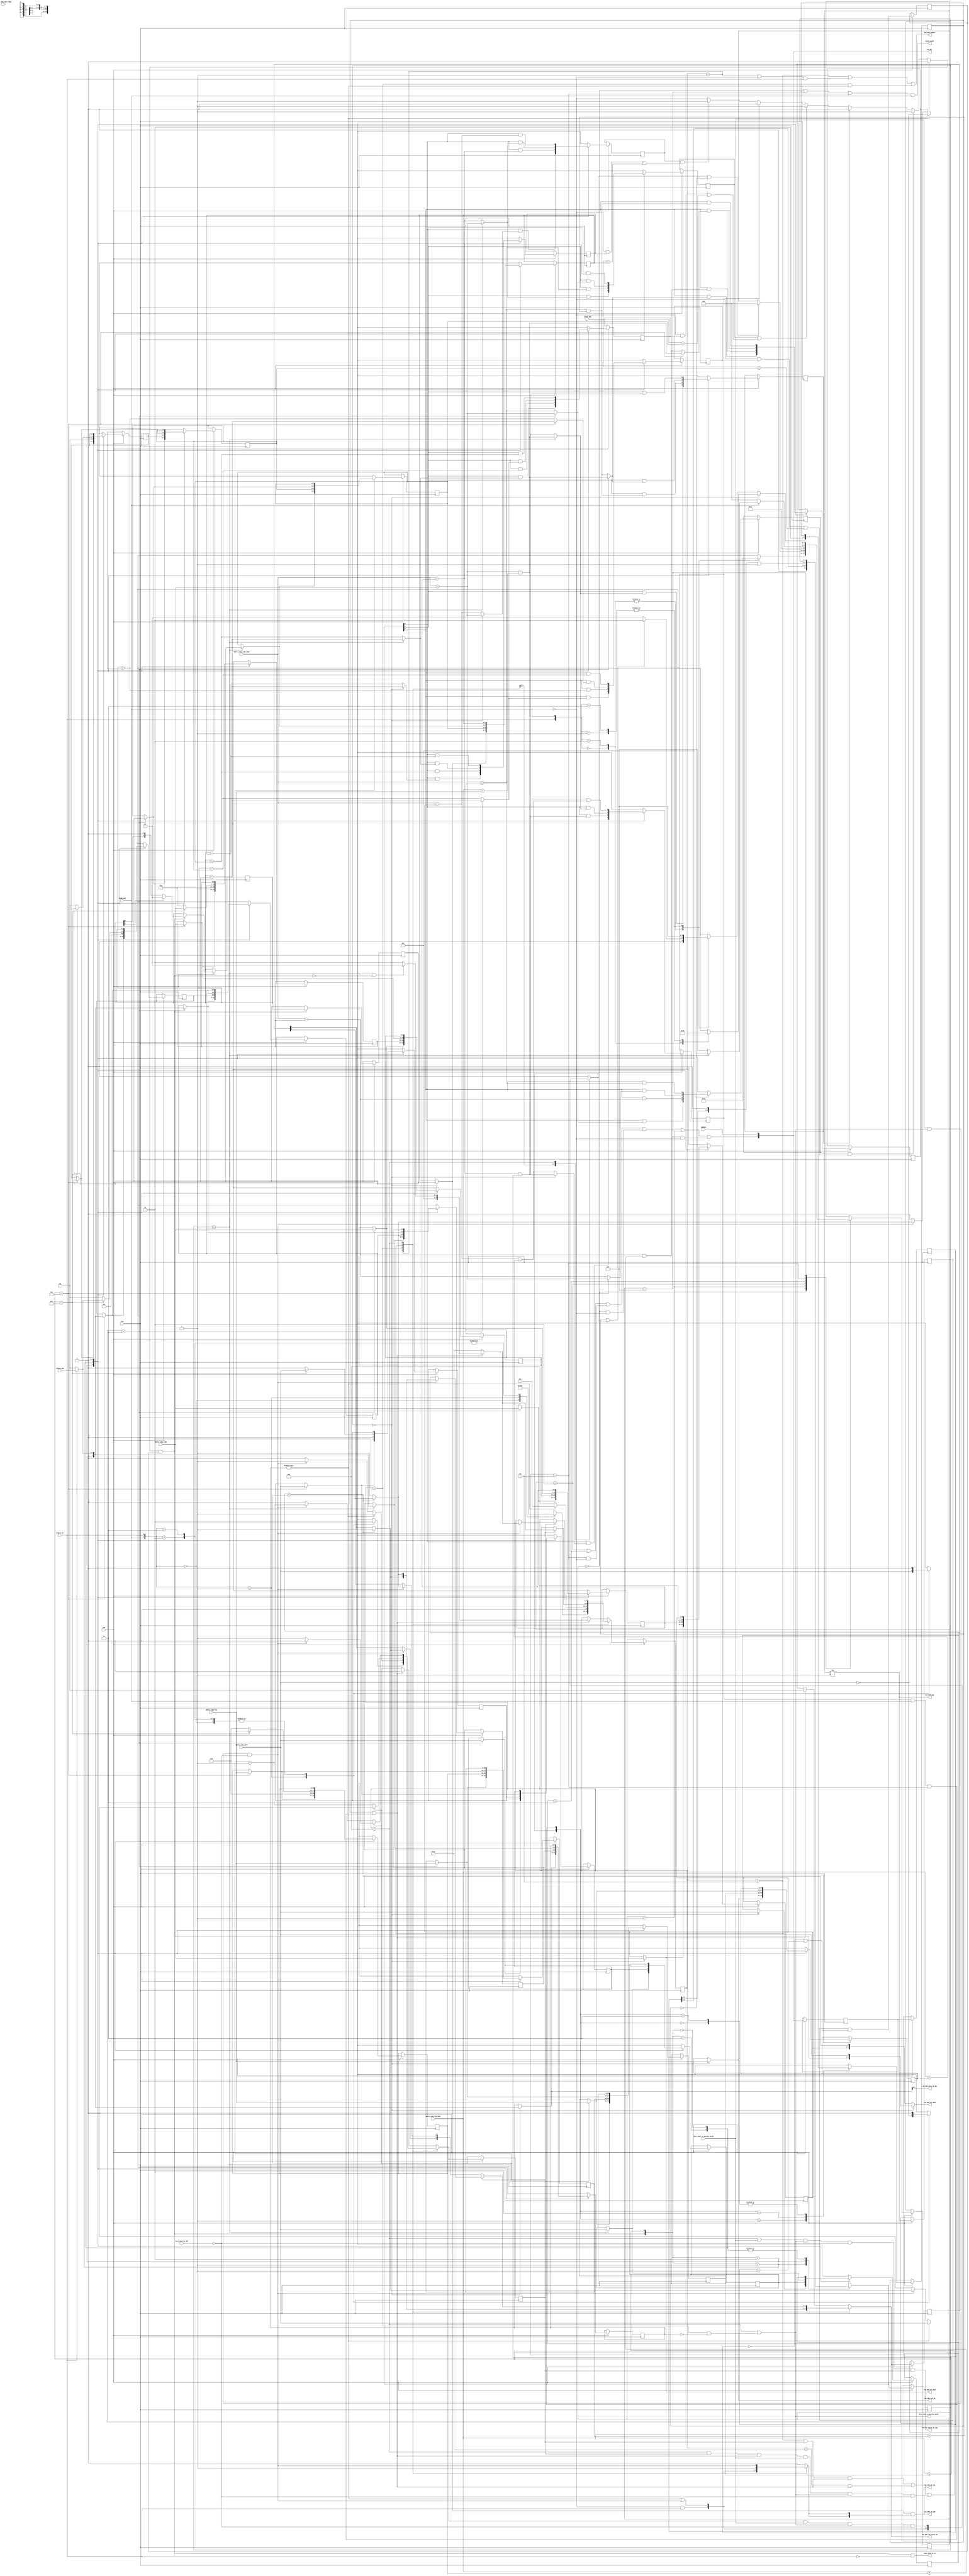
module Refill_Control_I #(
        // Fixed parameters
        localparam ADDR_WIDTH       = 32,
        
        // Primary parameters
        parameter S                 = 17, 
        parameter B                 = 9, 
        parameter a                 = 1,
        parameter N                 = 3,
        parameter T                 = 1,
        
        // Derived parameters
        localparam TAG_WIDTH        = ADDR_WIDTH + 3 + a - S,
        localparam TAG_ADDR_WIDTH   = S - a - B,
        localparam STREAM_SEL_BITS  = logb2(N + 1),
        localparam BLOCK_SECTIONS   = 1 << T,
        localparam ASSOCIATIVITY    = 1 << a,
        localparam LINE_ADDR_WIDTH  = S - a - B + T
    ) (
        input                           CLK,
        input                           ENB,
                
        // Outputs to the main processor pipeline		
        output CACHE_READY,                                             // Signal from cache to processor that its pipeline is currently ready to work     
        
        // Current request at IF3
        input                           CACHE_HIT,                      // Whether the L1 cache hits or misses 
        input                           STREAM_HIT,                     // Whether any of the stream buffers hit
        input [ASSOCIATIVITY   - 1 : 0] CACHE_SRC,                      // Which set is hitting, garbage if it doesn't
        input [STREAM_SEL_BITS - 1 : 0] STREAM_SRC,                     // Which stream buffer is hitting, garbage if it doesn't
        input [TAG_WIDTH       - 1 : 0] REFILL_REQ_TAG,                 // Tag portion of the PC at IF3
        input [TAG_ADDR_WIDTH  - 1 : 0] REFILL_REQ_LINE,                // Line portion of the PC at IF3
        input [T               - 1 : 0] REFILL_REQ_SECT,                // Section portion of the PC at IF3
        
        // Current request at IF2
        input [TAG_WIDTH       - 1 : 0] REFILL_REQ_TAG_PREV,            // Tag portion of the PC at IF2
        input [TAG_ADDR_WIDTH  - 1 : 0] REFILL_REQ_LINE_PREV,           // Line portion of the PC at IF2
        input [T               - 1 : 0] REFILL_REQ_SECT_PREV,           // Section portion of the PC at IF2
        
        // Signals coming from outside the cache
        input                           BRANCH,                         // Branch command from EXE stage
                
        // Command fetch queue to send current IF3 address to L2
        output                          SEND_ADDR_TO_L2,
        
        // Data coming back from L2
        input [STREAM_SEL_BITS - 1 : 0] DATA_FROM_L2_SRC,
        input                           DATA_FROM_L2_BUFFER_VALID,
        output                          DATA_FROM_L2_BUFFER_READY,
        output                          ONGOING_QUEUE_RD_ENB,
        
        // Prefetch controller
        output                          SECTION_COMMIT,
        
        // Tag memories and line memories
        output [ASSOCIATIVITY   - 1 : 0] TAG_MEM_WR_ENB,                // Individual write enables for the tag memories
        output [TAG_ADDR_WIDTH  - 1 : 0] TAG_MEM_WR_ADDR,               // Common write address for the the tag memories 
        output [TAG_WIDTH       - 1 : 0] TAG_MEM_TAG_IN,                // Common data in for the tag memories    
        output [BLOCK_SECTIONS  - 1 : 0] TAG_MEM_TAG_VALID_IN,          // Common data in for the tag memories   
        output [ASSOCIATIVITY   - 1 : 0] LIN_MEM_WR_ENB,                // Individual write enables for the line memories
        output [LINE_ADDR_WIDTH - 1 : 0] LIN_MEM_WR_ADDR,               // Common write address for the line memories                  
        output [STREAM_SEL_BITS - 1 : 0] LIN_MEM_DATA_IN_SEL,           // 0 for L2 requests, buffer number for others
         
        // Enable and PC select for the PC (main processor) pipeline
        output                           PC_PIPE_ENB,                   // Enable for the main pipeline 
        output [1                   : 0] PC_SEL                         // Mux select for PC [pc_sel = {0(PC + 4), 1(Branch path), 2 or 3(PC delay 2)}]  
    );
    
    //////////////////////////////////////////////////////////////////////////////////////////////////
    // Globally important figures                                                                  //
    //////////////////////////////////////////////////////////////////////////////////////////////////
    
    reg  critical_ready;                             // The critical word currently being pushed into L1 and ready
    wire critical_use;                               // Last critical word currently being used so next request can be started
    reg  critical_used;                              // Critical word is used
    
    // If the stream buffers doesn't hit, it means a priority address request to L2 (src == 00)
    wire [STREAM_SEL_BITS - 1 : 0] refill_req_src = (STREAM_HIT)? STREAM_SRC : 0;
    
    //////////////////////////////////////////////////////////////////////////////////////////////////
    // Calculating the destination of the refill request                                            //
    //////////////////////////////////////////////////////////////////////////////////////////////////
    // Temporary - cycle destinations among the available sets
    reg [ASSOCIATIVITY - 1 : 0] refill_req_dst = 2, refill_req_dst_del_1 = 1;
    always @(posedge CLK) begin             
        if (ENB) begin
            if (admit) begin
                if (refill_req_dst [ASSOCIATIVITY - 1])
                    refill_req_dst <= 1;
                else
                    refill_req_dst <= refill_req_dst << 1;    
                refill_req_dst_del_1 <= refill_req_dst;
            end
        end
    end         
    
    
    //////////////////////////////////////////////////////////////////////////////////////////////////
    // Refill request queue management                                                              //
    //////////////////////////////////////////////////////////////////////////////////////////////////
        
    // PCs of the currently being fetched requests are stored. Max number of requests is 4.
    // Three is for IF1, IF2, IF3 and last is for early restart
    reg [TAG_WIDTH      - 1 : 0] cur_tag,  fir_tag,  sec_tag,  thr_tag;
    reg [TAG_ADDR_WIDTH - 1 : 0] cur_line, fir_line, sec_line, thr_line;
    reg [T              - 1 : 0] cur_sect, fir_sect, sec_sect, thr_sect;
    
    reg [TAG_WIDTH      - 1 : 0] cur_tag_wire,  fir_tag_wire,  sec_tag_wire,  thr_tag_wire;
    reg [TAG_ADDR_WIDTH - 1 : 0] cur_line_wire, fir_line_wire, sec_line_wire, thr_line_wire;
    reg [T              - 1 : 0] cur_sect_wire, fir_sect_wire, sec_sect_wire, thr_sect_wire;
    
    // Set = destination set of the request, Source = which stream buffer (or L2) the request is coming from
    reg [N              - 1 : 0] cur_src,  fir_src,  sec_src,  thr_src;
    reg [ASSOCIATIVITY  - 1 : 0] cur_set,  fir_set,  sec_set,  thr_set;
    
    reg [N              - 1 : 0] cur_src_wire,  fir_src_wire,  sec_src_wire,  thr_src_wire;
    reg [ASSOCIATIVITY  - 1 : 0] cur_set_wire,  fir_set_wire,  sec_set_wire,  thr_set_wire;
    
    // To get admitted to the refill queue, several tests must be passed, and also it mustn't readmit a completed refill
    // (L2 misses, PC pipe disables, IF pipe saturated with PC value, L2 completes and removes from queue, but still IF pipe
    // saturated, this causes a miss, and readmit)
    
    // Solution - Admission only if the IF3 request came from a valid PC on the PC pipeline
    reg         pc_pipe_enb_del_1;
    reg [1 : 0] pc_sel_del_1;
    reg [1 : 0] pc_sel_del_2;
    reg         pc_admissible;
    
    always @(posedge CLK) begin
        if (ENB) begin
            pc_pipe_enb_del_1 <= PC_PIPE_ENB;
            pc_sel_del_1      <= PC_SEL;
            pc_sel_del_2      <= pc_sel_del_1;
            pc_admissible     <= pc_pipe_enb_del_1 & (pc_sel_del_2 == 2'b00 | pc_sel_del_2 == 2'b01);
        end
    end    
    
    // Whether to admit to or remove from the refill queue
    wire admit, remove;
    reg test_pass;
    assign admit = test_pass & pc_admissible;
    
    // Number of elements in the queue
    reg [3 : 0] no_of_elements, no_of_elements_wire;
    
    always @(posedge CLK) begin
        if (ENB) begin
            no_of_elements <= no_of_elements_wire;
        end
    end
    
    always @(*) begin
        case ({admit, remove})
            2'b00 : no_of_elements_wire = no_of_elements;
            2'b01 : no_of_elements_wire = no_of_elements >> 1;
            2'b10 : no_of_elements_wire = (no_of_elements << 1) | 4'b0001;
            2'b11 : no_of_elements_wire = no_of_elements;
        endcase
    end
    
    // Basically a queue, but each element is accessible to the outside, to run the tests
    always @(*) begin
        case ({admit, remove})
            2'b10 : begin
                cur_tag_wire  = (no_of_elements == 4'b0000)? REFILL_REQ_TAG  : cur_tag;
                cur_line_wire = (no_of_elements == 4'b0000)? REFILL_REQ_LINE : cur_line;
                cur_sect_wire = (no_of_elements == 4'b0000)? REFILL_REQ_SECT : cur_sect;
                cur_src_wire  = (no_of_elements == 4'b0000)? refill_req_src  : cur_src;
                cur_set_wire  = (no_of_elements == 4'b0000)? refill_req_dst_del_1  : cur_set;
                
                fir_tag_wire  = (no_of_elements == 4'b0001)? REFILL_REQ_TAG  : fir_tag;
                fir_line_wire = (no_of_elements == 4'b0001)? REFILL_REQ_LINE : fir_line;
                fir_sect_wire = (no_of_elements == 4'b0001)? REFILL_REQ_SECT : fir_sect;
                fir_src_wire  = (no_of_elements == 4'b0001)? refill_req_src  : fir_src;
                fir_set_wire  = (no_of_elements == 4'b0001)? refill_req_dst_del_1  : fir_set;
                
                sec_tag_wire  = (no_of_elements == 4'b0011)? REFILL_REQ_TAG  : sec_tag;
                sec_line_wire = (no_of_elements == 4'b0011)? REFILL_REQ_LINE : sec_line;
                sec_sect_wire = (no_of_elements == 4'b0011)? REFILL_REQ_SECT : sec_sect;
                sec_src_wire  = (no_of_elements == 4'b0011)? refill_req_src  : sec_src;
                sec_set_wire  = (no_of_elements == 4'b0011)? refill_req_dst_del_1  : sec_set;
                
                thr_tag_wire  = (no_of_elements == 4'b0111)? REFILL_REQ_TAG  : thr_tag;
                thr_line_wire = (no_of_elements == 4'b0111)? REFILL_REQ_LINE : thr_line;
                thr_sect_wire = (no_of_elements == 4'b0111)? REFILL_REQ_SECT : thr_sect;
                thr_src_wire  = (no_of_elements == 4'b0111)? refill_req_src  : thr_src;
                thr_set_wire  = (no_of_elements == 4'b0111)? refill_req_dst_del_1  : thr_set;
            end
            2'b01 : begin
                cur_tag_wire  = fir_tag;
                cur_line_wire = fir_line;
                cur_sect_wire = fir_sect;
                cur_src_wire  = fir_src;
                cur_set_wire  = fir_set;
                
                fir_tag_wire  = sec_tag;
                fir_line_wire = sec_line;
                fir_sect_wire = sec_sect;
                fir_src_wire  = sec_src;
                fir_set_wire  = sec_set;
                
                sec_tag_wire  = thr_tag;
                sec_line_wire = thr_line;
                sec_sect_wire = thr_sect;
                sec_src_wire  = thr_src;
                sec_set_wire  = thr_set;
                
                thr_tag_wire  = 0;
                thr_line_wire = 0;
                thr_sect_wire = 0;
                thr_src_wire  = 0;
                thr_set_wire  = 0;
            end
            2'b11 : begin
                cur_tag_wire  = (no_of_elements == 4'b0001)? REFILL_REQ_TAG  : fir_tag;
                cur_line_wire = (no_of_elements == 4'b0001)? REFILL_REQ_LINE : fir_line;
                cur_sect_wire = (no_of_elements == 4'b0001)? REFILL_REQ_SECT : fir_sect;
                cur_src_wire  = (no_of_elements == 4'b0001)? refill_req_src  : fir_src;
                cur_set_wire  = (no_of_elements == 4'b0001)? refill_req_dst_del_1  : fir_set;
                
                fir_tag_wire  = (no_of_elements == 4'b0011)? REFILL_REQ_TAG  : sec_tag;
                fir_line_wire = (no_of_elements == 4'b0011)? REFILL_REQ_LINE : sec_line;
                fir_sect_wire = (no_of_elements == 4'b0011)? REFILL_REQ_SECT : sec_sect;
                fir_src_wire  = (no_of_elements == 4'b0011)? refill_req_src  : sec_src;
                fir_set_wire  = (no_of_elements == 4'b0011)? refill_req_dst_del_1  : sec_set;
                
                sec_tag_wire  = (no_of_elements == 4'b0111)? REFILL_REQ_TAG  : thr_tag;
                sec_line_wire = (no_of_elements == 4'b0111)? REFILL_REQ_LINE : thr_line;
                sec_sect_wire = (no_of_elements == 4'b0111)? REFILL_REQ_SECT : thr_sect;
                sec_src_wire  = (no_of_elements == 4'b0111)? refill_req_src  : thr_src;
                sec_set_wire  = (no_of_elements == 4'b0111)? refill_req_dst_del_1  : thr_set;
                
                thr_tag_wire  = (no_of_elements == 4'b1111)? REFILL_REQ_TAG  : 0;
                thr_line_wire = (no_of_elements == 4'b1111)? REFILL_REQ_LINE : 0;
                thr_sect_wire = (no_of_elements == 4'b1111)? REFILL_REQ_SECT : 0;
                thr_src_wire  = (no_of_elements == 4'b1111)? refill_req_src  : 0;
                thr_set_wire  = (no_of_elements == 4'b1111)? refill_req_dst_del_1  : 0;
            end
            2'b00 : begin
                cur_tag_wire  = cur_tag;
                cur_line_wire = cur_line;
                cur_sect_wire = cur_sect;
                cur_src_wire  = cur_src;
                cur_set_wire  = cur_set;
                
                fir_tag_wire  = fir_tag;
                fir_line_wire = fir_line;
                fir_sect_wire = fir_sect;
                fir_src_wire  = fir_src;
                fir_set_wire  = fir_set;
                
                sec_tag_wire  = sec_tag;
                sec_line_wire = sec_line;
                sec_sect_wire = sec_sect;
                sec_src_wire  = sec_src;
                sec_set_wire  = sec_set;
                
                thr_tag_wire  = thr_tag;
                thr_line_wire = thr_line;
                thr_sect_wire = thr_sect;
                thr_src_wire  = thr_src;
                thr_set_wire  = thr_set;
            end
        endcase
    end
    
    always @(posedge CLK) begin
        if (ENB) begin
            cur_tag  <= cur_tag_wire;
            cur_line <= cur_line_wire;
            cur_sect <= cur_sect_wire;
            cur_src  <= cur_src_wire;
            cur_set  <= cur_set_wire;
            
            fir_tag  <= fir_tag_wire;
            fir_line <= fir_line_wire;
            fir_sect <= fir_sect_wire;
            fir_src  <= fir_src_wire;
            fir_set  <= fir_set_wire;
            
            sec_tag  <= sec_tag_wire;
            sec_line <= sec_line_wire;
            sec_sect <= sec_sect_wire;
            sec_src  <= sec_src_wire;
            sec_set  <= sec_set_wire;
            
            thr_tag  <= thr_tag_wire;
            thr_line <= thr_line_wire;
            thr_sect <= thr_sect_wire;
            thr_src  <= thr_src_wire;
            thr_set  <= thr_set_wire;
        end
    end
    
    
    //////////////////////////////////////////////////////////////////////////////////////////////////
    // Tests to decide whether to include the IF3 request in to the queue                           //
    //////////////////////////////////////////////////////////////////////////////////////////////////
    
    ////////////// This is the wanted behavior of the unit, but won't pass timing ////////////////////
    //    // Tests
    //    wire clash_n0 = (CACHE_HIT)?      (REFILL_REQ_LINE == cur_line) & (refill_req_dst_del_1 == cur_set) & no_of_elements[0] & (CACHE_SRC == cur_set)    
    //                                      : (REFILL_REQ_LINE == cur_line) & (refill_req_dst_del_1 == cur_set) & no_of_elements[0];		
    // Simplifies to
    //    wire clash_n0 = (REFILL_REQ_LINE == cur_line) & no_of_elements[0] & ( ((refill_req_dst_del_1 == cur_set) & !CACHE_HIT) | (CACHE_SRC == cur_set) );  
    //    wire clash_n1 = (REFILL_REQ_LINE == fir_line) & no_of_elements[1] & ( ((refill_req_dst_del_1 == fir_set) & !CACHE_HIT) | (CACHE_SRC == fir_set) );  
    //    wire clash_n2 = (REFILL_REQ_LINE == sec_line) & no_of_elements[2] & ( ((refill_req_dst_del_1 == sec_set) & !CACHE_HIT) | (CACHE_SRC == sec_set) );  
    //    
    //    wire equal_n0 = (REFILL_REQ_LINE == cur_line) & (REFILL_REQ_TAG == cur_tag) & no_of_elements[0];	
    //    wire equal_n1 = (REFILL_REQ_LINE == fir_line) & (REFILL_REQ_TAG == fir_tag) & no_of_elements[1];    
    //    wire equal_n2 = (REFILL_REQ_LINE == sec_line) & (REFILL_REQ_TAG == sec_tag) & no_of_elements[2];
    
    
    ////////////// Take some tests to the previous clock cycle, timing even worse ///////////////////
    //    // Tests - Clash with nth request
    //    wire clash_n0_wire = (REFILL_REQ_LINE_PREV == cur_line_wire) & (refill_req_dst == cur_set_wire) & no_of_elements_wire[0];
    //    wire clash_n1_wire = (REFILL_REQ_LINE_PREV == fir_line_wire) & (refill_req_dst == fir_set_wire) & no_of_elements_wire[1];
    //    wire clash_n2_wire = (REFILL_REQ_LINE_PREV == sec_line_wire) & (refill_req_dst == sec_set_wire) & no_of_elements_wire[2];
        
    //    // Tests - Equal with nth request
    //    wire equal_n0_wire = (REFILL_REQ_LINE_PREV == cur_line_wire) & (REFILL_REQ_TAG_PREV == cur_tag_wire) & no_of_elements_wire[0];
    //    wire equal_n1_wire = (REFILL_REQ_LINE_PREV == fir_line_wire) & (REFILL_REQ_TAG_PREV == fir_tag_wire) & no_of_elements_wire[1];
    //    wire equal_n2_wire = (REFILL_REQ_LINE_PREV == sec_line_wire) & (REFILL_REQ_TAG_PREV == sec_tag_wire) & no_of_elements_wire[2];
        
    //    reg clash_n0, clash_n1, clash_n2, equal_n0, equal_n1, equal_n2;
    //    always @(posedge CLK) begin
    //        clash_n0 <= clash_n0_wire;
    //        clash_n1 <= clash_n1_wire;
    //        clash_n2 <= clash_n2_wire;
    //        equal_n0 <= equal_n0_wire;
    //        equal_n1 <= equal_n1_wire;
    //        equal_n2 <= equal_n2_wire;
    //    end   
    
    /////////////////// Change the way the tests are begin done, good timing ////////////////////////
    //    reg clash_p0, clash_p1, clash_p2, clash_p3, clash_p4;
    //    reg equal_p0, equal_p1, equal_p2, equal_p3, equal_p4;
    //    reg admit_p, remove_p;
    //    reg element0_p, element1_p, element2_p, element3_p, element4_p; 
          
    //    always @(posedge CLK) begin
    //        clash_p0 <= (REFILL_REQ_LINE_PREV == cur_line)        & (refill_req_dst == cur_set);
    //        clash_p1 <= (REFILL_REQ_LINE_PREV == fir_line)        & (refill_req_dst == fir_set);
    //        clash_p2 <= (REFILL_REQ_LINE_PREV == sec_line)        & (refill_req_dst == sec_set);
    //        clash_p3 <= (REFILL_REQ_LINE_PREV == thr_line)        & (refill_req_dst == thr_set);
    //        clash_p4 <= (REFILL_REQ_LINE_PREV == REFILL_REQ_LINE) & (refill_req_dst == refill_req_dst_del_1);
          
    //        equal_p0 <= (REFILL_REQ_LINE_PREV == cur_line)        & (REFILL_REQ_TAG_PREV == cur_tag);
    //        equal_p1 <= (REFILL_REQ_LINE_PREV == fir_line)        & (REFILL_REQ_TAG_PREV == fir_tag);
    //        equal_p2 <= (REFILL_REQ_LINE_PREV == sec_line)        & (REFILL_REQ_TAG_PREV == sec_tag);
    //        equal_p3 <= (REFILL_REQ_LINE_PREV == thr_line)        & (REFILL_REQ_TAG_PREV == thr_tag);
    //        equal_p4 <= (REFILL_REQ_LINE_PREV == REFILL_REQ_LINE) & (REFILL_REQ_TAG_PREV == REFILL_REQ_TAG);
          
    //        admit_p <= admit;
    //        remove_p <= remove;
          
    //        element0_p <= no_of_elements == 4'b0000;
    //        element1_p <= no_of_elements == 4'b0001;
    //        element2_p <= no_of_elements == 4'b0011;
    //        element3_p <= no_of_elements == 4'b0111;
    //        element4_p <= no_of_elements == 4'b1111;
    //    end
      
    //    reg clash_n0, clash_n1, clash_n2;
    //    reg equal_n0, equal_n1, equal_n2;
    //    always @(*) begin
    //        case ({admit_p, remove_p})
    //            2'b10 : begin
    //                clash_n0 = no_of_elements[0] & ((element0_p)? clash_p4 : clash_p0);
    //                clash_n1 = no_of_elements[1] & ((element1_p)? clash_p4 : clash_p1);
    //                clash_n2 = no_of_elements[2] & ((element2_p)? clash_p4 : clash_p2);
                  
    //                equal_n0 = no_of_elements[0] & ((element0_p)? equal_p4 : equal_p0);
    //                equal_n1 = no_of_elements[1] & ((element1_p)? equal_p4 : equal_p1);
    //                equal_n2 = no_of_elements[2] & ((element2_p)? equal_p4 : equal_p2);                
    //            end
    //            2'b01 : begin
    //                clash_n0 = no_of_elements[0] & clash_p1;
    //                clash_n1 = no_of_elements[1] & clash_p2;
    //                clash_n2 = no_of_elements[2] & clash_p3;
                  
    //                equal_n0 = no_of_elements[0] & equal_p1;
    //                equal_n1 = no_of_elements[1] & equal_p2;
    //                equal_n2 = no_of_elements[2] & equal_p3;
    //            end
    //            2'b11 : begin
    //                clash_n0 = no_of_elements[0] & ((element1_p)? clash_p4 : clash_p1);
    //                clash_n1 = no_of_elements[1] & ((element2_p)? clash_p4 : clash_p2);
    //                clash_n2 = no_of_elements[2] & ((element3_p)? clash_p4 : clash_p3);
                  
    //                equal_n0 = no_of_elements[0] & ((element1_p)? equal_p4 : equal_p1);
    //                equal_n1 = no_of_elements[1] & ((element2_p)? equal_p4 : equal_p2);
    //                equal_n2 = no_of_elements[2] & ((element3_p)? equal_p4 : equal_p3);
    //            end
    //            2'b00 : begin 
    //                clash_n0 = no_of_elements[0] & clash_p0;
    //                clash_n1 = no_of_elements[1] & clash_p1;
    //                clash_n2 = no_of_elements[2] & clash_p2;
                  
    //                equal_n0 = no_of_elements[0] & equal_p0;
    //                equal_n1 = no_of_elements[1] & equal_p1;
    //                equal_n2 = no_of_elements[2] & equal_p2;
    //            end
    //        endcase    
    //    end   
           

    //////////// Take some more logic to the previous clock cycle, even better timing ///////////////
    reg line_eq_cur, line_eq_fir, line_eq_sec, line_eq_thr, line_eq_pcs;
    reg dst_eq_cur,  dst_eq_fir,  dst_eq_sec,  dst_eq_thr,  dst_eq_pcs;
    
    reg equal_cur, equal_fir, equal_sec, equal_thr, equal_pcs;
    
    always @(*) begin
        line_eq_cur = (REFILL_REQ_LINE_PREV == cur_line);
        line_eq_fir = (REFILL_REQ_LINE_PREV == fir_line);
        line_eq_sec = (REFILL_REQ_LINE_PREV == sec_line);
        line_eq_thr = (REFILL_REQ_LINE_PREV == thr_line);
        line_eq_pcs = (REFILL_REQ_LINE_PREV == REFILL_REQ_LINE);
        
        dst_eq_cur = (refill_req_dst == cur_set);
        dst_eq_fir = (refill_req_dst == fir_set);
        dst_eq_sec = (refill_req_dst == sec_set);
        dst_eq_thr = (refill_req_dst == thr_set);
        dst_eq_pcs = (refill_req_dst == refill_req_dst_del_1);
        
        equal_cur = (REFILL_REQ_LINE_PREV == cur_line)        & (REFILL_REQ_TAG_PREV == cur_tag);
        equal_fir = (REFILL_REQ_LINE_PREV == fir_line)        & (REFILL_REQ_TAG_PREV == fir_tag);
        equal_sec = (REFILL_REQ_LINE_PREV == sec_line)        & (REFILL_REQ_TAG_PREV == sec_tag);
        equal_thr = (REFILL_REQ_LINE_PREV == thr_line)        & (REFILL_REQ_TAG_PREV == thr_tag);
        equal_pcs = (REFILL_REQ_LINE_PREV == REFILL_REQ_LINE) & (REFILL_REQ_TAG_PREV == REFILL_REQ_TAG);
    end
    
    reg line_eq_n0, line_eq_n1, line_eq_n2;
    reg dst_eq_n0,  dst_eq_n1,  dst_eq_n2;
    
    reg equal_n0, equal_n1, equal_n2;
    
    always @(posedge CLK) begin
        if (ENB) begin
            case ({admit, remove})
                2'b10 : begin
                    line_eq_n0 <= no_of_elements_wire[0] & ((no_of_elements == 4'b0000)? line_eq_pcs : line_eq_cur);
                    line_eq_n1 <= no_of_elements_wire[1] & ((no_of_elements == 4'b0001)? line_eq_pcs : line_eq_fir);
                    line_eq_n2 <= no_of_elements_wire[2] & ((no_of_elements == 4'b0011)? line_eq_pcs : line_eq_sec);
                    
                    dst_eq_n0 <= no_of_elements_wire[0] & ((no_of_elements == 4'b0000)? dst_eq_pcs : dst_eq_cur);
                    dst_eq_n1 <= no_of_elements_wire[1] & ((no_of_elements == 4'b0001)? dst_eq_pcs : dst_eq_fir);
                    dst_eq_n2 <= no_of_elements_wire[2] & ((no_of_elements == 4'b0011)? dst_eq_pcs : dst_eq_sec);
                    
                    equal_n0 <= no_of_elements_wire[0] & ((no_of_elements == 4'b0000)? equal_pcs : equal_cur);
                    equal_n1 <= no_of_elements_wire[1] & ((no_of_elements == 4'b0001)? equal_pcs : equal_fir);
                    equal_n2 <= no_of_elements_wire[2] & ((no_of_elements == 4'b0011)? equal_pcs : equal_sec);                
                end
                2'b01 : begin
                    line_eq_n0 <= no_of_elements_wire[0] & line_eq_fir;
                    line_eq_n1 <= no_of_elements_wire[1] & line_eq_sec;
                    line_eq_n2 <= no_of_elements_wire[2] & line_eq_thr;
                    
                    dst_eq_n0 <= no_of_elements_wire[0] & dst_eq_fir;
                    dst_eq_n1 <= no_of_elements_wire[1] & dst_eq_sec;
                    dst_eq_n2 <= no_of_elements_wire[2] & dst_eq_thr;
                    
                    equal_n0 <= no_of_elements_wire[0] & equal_fir;
                    equal_n1 <= no_of_elements_wire[1] & equal_sec;
                    equal_n2 <= no_of_elements_wire[2] & equal_thr;
                end
                2'b11 : begin
                    line_eq_n0 <= no_of_elements_wire[0] & ((no_of_elements == 4'b0001)? line_eq_pcs : line_eq_fir);
                    line_eq_n1 <= no_of_elements_wire[1] & ((no_of_elements == 4'b0011)? line_eq_pcs : line_eq_sec);
                    line_eq_n2 <= no_of_elements_wire[2] & ((no_of_elements == 4'b0111)? line_eq_pcs : line_eq_thr);
                    
                    dst_eq_n0 <= no_of_elements_wire[0] & ((no_of_elements == 4'b0001)? dst_eq_pcs : dst_eq_fir);
                    dst_eq_n1 <= no_of_elements_wire[1] & ((no_of_elements == 4'b0011)? dst_eq_pcs : dst_eq_sec);
                    dst_eq_n2 <= no_of_elements_wire[2] & ((no_of_elements == 4'b0111)? dst_eq_pcs : dst_eq_thr);
                    
                    equal_n0 <= no_of_elements_wire[0] & ((no_of_elements == 4'b0001)? equal_pcs : equal_fir);
                    equal_n1 <= no_of_elements_wire[1] & ((no_of_elements == 4'b0011)? equal_pcs : equal_sec);
                    equal_n2 <= no_of_elements_wire[2] & ((no_of_elements == 4'b0111)? equal_pcs : equal_thr);
                end
                2'b00 : begin 
                    line_eq_n0 <= no_of_elements_wire[0] & line_eq_cur;
                    line_eq_n1 <= no_of_elements_wire[1] & line_eq_fir;
                    line_eq_n2 <= no_of_elements_wire[2] & line_eq_sec;
                    
                    dst_eq_n0 <= no_of_elements_wire[0] & dst_eq_cur;
                    dst_eq_n1 <= no_of_elements_wire[1] & dst_eq_fir;
                    dst_eq_n2 <= no_of_elements_wire[2] & dst_eq_sec;
                    
                    equal_n0 <= no_of_elements_wire[0] & equal_cur;
                    equal_n1 <= no_of_elements_wire[1] & equal_fir;
                    equal_n2 <= no_of_elements_wire[2] & equal_sec;
                end
            endcase
        end
    end   
    
    wire clash_n0, clash_n1, clash_n2;
  
    assign clash_n0 = line_eq_n0 & ((!CACHE_HIT & dst_eq_n0) | (CACHE_SRC == cur_set));
    assign clash_n1 = line_eq_n1 & ((!CACHE_HIT & dst_eq_n1) | (CACHE_SRC == fir_set));
    assign clash_n2 = line_eq_n2 & ((!CACHE_HIT & dst_eq_n2) | (CACHE_SRC == sec_set));
  
    // Whether to pass or fail the tests
    always @(*) begin
        if (equal_n2) begin
            test_pass = 0;
        end else if (clash_n2) begin
            test_pass = 1;
        end else if (equal_n1) begin
            test_pass = 0;    
        end else if (clash_n1) begin
            test_pass = 1;    
        end else if (equal_n0) begin
            test_pass = 0;    
        end else if (clash_n0) begin
            test_pass = 1;    
        end else begin
            test_pass = !CACHE_HIT;
        end    
    end
    
    
    //////////////////////////////////////////////////////////////////////////////////////////////////
    // FSM for refill control                                                                       //
    //////////////////////////////////////////////////////////////////////////////////////////////////
    
    localparam IDLE         = 1;
    localparam TRANSITION   = 2;
    localparam WRITING_SB   = 4;
    localparam WRITING_L2   = 8;
    localparam WAITING_CRIT = 16;
    
    reg [5              - 1 : 0] refill_state,      refill_state_wire;
    reg [T              - 1 : 0] no_completed,      no_completed_wire;
    reg [BLOCK_SECTIONS - 1 : 0] commited_sections, commited_sections_wire;
    
    integer i;
    
    always @(*) begin
        case (refill_state)
            IDLE : begin
                case ({CACHE_HIT, STREAM_HIT})
                    2'b00 :  begin
                        refill_state_wire = WRITING_L2;
                        no_completed_wire = 0;
                        commited_sections_wire = 0;
                    end
                    2'b01 :  begin
                        refill_state_wire = WRITING_SB;
                        no_completed_wire = 1;
                        for (i = 0; i < BLOCK_SECTIONS; i = i + 1) begin
                            commited_sections_wire[i] = (i[T - 1 : 0] == REFILL_REQ_SECT);
                        end
                    end
                    2'b10 :  begin
                        refill_state_wire = IDLE;
                        no_completed_wire = 0;
                        commited_sections_wire = 0;
                    end 
                    2'b11 :  begin
                        refill_state_wire = IDLE;
                        no_completed_wire = 0;
                        commited_sections_wire = 0;
                    end
                endcase              
            end
            
            TRANSITION : begin
                if (cur_src != 0) begin
                    refill_state_wire = WRITING_SB;
                    no_completed_wire = 1;
                    for (i = 0; i < BLOCK_SECTIONS; i = i + 1) begin
                        commited_sections_wire[i] = (i[T - 1 : 0] == REFILL_REQ_SECT);
                    end
                end else begin
                    if (DATA_FROM_L2_BUFFER_VALID & DATA_FROM_L2_BUFFER_READY & DATA_FROM_L2_SRC == 0) begin
                        refill_state_wire = WRITING_L2;
                        no_completed_wire = 1;
                        for (i = 0; i < BLOCK_SECTIONS; i = i + 1)
                            commited_sections_wire[i] = (i[T - 1 : 0] == cur_sect + no_completed) ? 1 : commited_sections[i];
                    end else begin
                        refill_state_wire = WRITING_L2;
                        no_completed_wire = 0;
                        commited_sections_wire = 0;
                    end
                end
            end
            
            WRITING_SB : begin
                case (no_completed)
                    {T{1'b1}} : begin
                        if (critical_used | critical_use) begin
                            if (no_of_elements == 4'b0001 & !admit) begin
                                refill_state_wire = IDLE;
                                no_completed_wire = 0;
                                for (i = 0; i < BLOCK_SECTIONS; i = i + 1)
                                    commited_sections_wire[i] = (i[T - 1 : 0] == cur_sect + no_completed) ? 1 : commited_sections[i];
                            end else begin
                                refill_state_wire = TRANSITION;
                                no_completed_wire = 0;
                                for (i = 0; i < BLOCK_SECTIONS; i = i + 1)
                                    commited_sections_wire[i] = (i[T - 1 : 0] == cur_sect + no_completed) ? 1 : commited_sections[i];
                            end 
                        end else begin
                            refill_state_wire = WAITING_CRIT;
                            no_completed_wire = 0;
                            for (i = 0; i < BLOCK_SECTIONS; i = i + 1)
                                commited_sections_wire[i] = (i[T - 1 : 0] == cur_sect + no_completed) ? 1 : commited_sections[i];
                        end           
                    end
                    default   : begin
                        refill_state_wire = refill_state; 
                        no_completed_wire = no_completed + 1;
                        for (i = 0; i < BLOCK_SECTIONS; i = i + 1)
                            commited_sections_wire[i] = (i[T - 1 : 0] == cur_sect + no_completed) ? 1 : commited_sections[i];      
                    end
                endcase
            end
            
            WRITING_L2 : begin
                case (no_completed) 
                    {T{1'b1}} : begin
                        if (DATA_FROM_L2_BUFFER_VALID & DATA_FROM_L2_BUFFER_READY & (DATA_FROM_L2_SRC == 0)) begin
                            if (critical_used | critical_use) begin
                                if (no_of_elements == 4'b0001 & !admit) begin
                                    refill_state_wire = IDLE;
                                    no_completed_wire = 0;
                                    for (i = 0; i < BLOCK_SECTIONS; i = i + 1)
                                        commited_sections_wire[i] = (i[T - 1 : 0] == cur_sect + no_completed) ? 1 : commited_sections[i];
                                end else begin
                                    refill_state_wire = TRANSITION;
                                    no_completed_wire = 0;
                                    for (i = 0; i < BLOCK_SECTIONS; i = i + 1)
                                        commited_sections_wire[i] = (i[T - 1 : 0] == cur_sect + no_completed) ? 1 : commited_sections[i];
                                end  
                            end else begin
                                refill_state_wire = WAITING_CRIT;
                                no_completed_wire = 0;
                                for (i = 0; i < BLOCK_SECTIONS; i = i + 1)
                                    commited_sections_wire[i] = (i[T - 1 : 0] == cur_sect + no_completed) ? 1 : commited_sections[i];
                            end
                        end else begin
                            refill_state_wire = refill_state;
                            no_completed_wire = no_completed;
                            commited_sections_wire = commited_sections;
                        end
                    end
                    default   : begin
                        if (DATA_FROM_L2_BUFFER_VALID & DATA_FROM_L2_BUFFER_READY & (DATA_FROM_L2_SRC == 0)) begin
                            refill_state_wire = refill_state;
                            no_completed_wire = no_completed + 1;
                            for (i = 0; i < BLOCK_SECTIONS; i = i + 1)
                                commited_sections_wire[i] = (i[T - 1 : 0] == cur_sect + no_completed) ? 1 : commited_sections[i];
                        end else begin
                            refill_state_wire = refill_state;
                            no_completed_wire = no_completed;
                            commited_sections_wire = commited_sections;
                        end
                    end
                endcase
            end
            
            default : begin
                if (critical_used | critical_use) begin
                    if (no_of_elements == 4'b0001 & !admit) begin
                        refill_state_wire = IDLE;
                        no_completed_wire = 0;
                        commited_sections_wire = 0;
                    end else begin
                        refill_state_wire = TRANSITION;
                        no_completed_wire = 0;
                        commited_sections_wire = 0;
                    end
                end else begin
                    refill_state_wire = refill_state;
                    no_completed_wire = no_completed;
                    commited_sections_wire = commited_sections;
                end  
            end
        endcase
    end
    
    always @(posedge CLK) begin
        if (ENB) begin
            no_completed      <= no_completed_wire;
            refill_state      <= refill_state_wire;
            commited_sections <= commited_sections_wire;
        end
    end
    
    assign remove = ((refill_state == WRITING_SB  ) & (no_completed == {T{1'b1}}) & (critical_used | critical_use)) |
                    ((refill_state == WAITING_CRIT)                               & (critical_used | critical_use)) |
                    ((refill_state == WRITING_L2  ) & (no_completed == {T{1'b1}}) & (critical_used | critical_use)  
                            & DATA_FROM_L2_BUFFER_VALID & DATA_FROM_L2_BUFFER_READY & (DATA_FROM_L2_SRC == 0));
        
    
    //////////////////////////////////////////////////////////////////////////////////////////////////
    // Instructions for writing to tag memory and line memory                                       //
    //////////////////////////////////////////////////////////////////////////////////////////////////
         
    // Addresses        
    assign TAG_MEM_WR_ADDR      = (no_of_elements == 0)? REFILL_REQ_LINE                      : cur_line;
    assign LIN_MEM_WR_ADDR      = (no_of_elements == 0)? ({REFILL_REQ_LINE, REFILL_REQ_SECT}) : ({cur_line, (cur_sect + no_completed)});
    
    // Data
    assign TAG_MEM_TAG_IN       = (no_of_elements == 0)? REFILL_REQ_TAG : cur_tag;
    assign LIN_MEM_DATA_IN_SEL  = (no_of_elements == 0)? refill_req_src : cur_src;
    assign TAG_MEM_TAG_VALID_IN = commited_sections_wire;
        
    // Write enables
    reg write_test;
    always @(*) begin
        case (refill_state) 
            IDLE        :   write_test = !CACHE_HIT & STREAM_HIT;
            TRANSITION  :   write_test = (cur_src != 0) | (DATA_FROM_L2_BUFFER_VALID & DATA_FROM_L2_BUFFER_READY & DATA_FROM_L2_SRC == 0);
            WRITING_SB  :   write_test = 1'b1;
            WRITING_L2  :   write_test = DATA_FROM_L2_BUFFER_VALID & DATA_FROM_L2_BUFFER_READY & (DATA_FROM_L2_SRC == 0);
            default     :   write_test = 0;
        endcase
    end
    
    assign TAG_MEM_WR_ENB       = ((no_of_elements == 0)? refill_req_dst_del_1 : cur_set) & {ASSOCIATIVITY{write_test}};
    assign LIN_MEM_WR_ENB       = ((no_of_elements == 0)? refill_req_dst_del_1 : cur_set) & {ASSOCIATIVITY{write_test}};
       
       
    //////////////////////////////////////////////////////////////////////////////////////////////////
    // Instructions for Data from L2 and prefetch control unit                                      //
    //////////////////////////////////////////////////////////////////////////////////////////////////
        
    assign SECTION_COMMIT = (refill_state == WRITING_SB) | 
                            (refill_state == IDLE       & !CACHE_HIT & STREAM_HIT) | 
                            (refill_state == TRANSITION & (cur_src != 0));
    
    assign DATA_FROM_L2_BUFFER_READY = (refill_state == WRITING_L2) | 
                                       (refill_state == TRANSITION & cur_src == 0);
                                       
    assign ONGOING_QUEUE_RD_ENB = (refill_state == WRITING_L2) & DATA_FROM_L2_BUFFER_VALID & DATA_FROM_L2_BUFFER_READY 
                                        & (DATA_FROM_L2_SRC == 0) & (no_completed == {T{1'b1}});   
            
        
    //////////////////////////////////////////////////////////////////////////////////////////////////
    // Instructions for Address to L2 modules                                                       //
    //////////////////////////////////////////////////////////////////////////////////////////////////
        
    // Address sent to L2 only if its admitted to queue and its not a stream hit
    assign SEND_ADDR_TO_L2 = admit & !STREAM_HIT;
        
    
    //////////////////////////////////////////////////////////////////////////////////////////////////
    // Instructions for main pipeline and PC select                                                 //
    //////////////////////////////////////////////////////////////////////////////////////////////////
        
    localparam HITTING = 0;
    localparam WAIT = 1;
    localparam PC0 = 2;
    localparam PC1 = 3;
    localparam PC2 = 4;
    localparam TRANSIT = 5;
    
    // FSM for enabling the PC pipeline
    reg [2 : 0] pc_state, pc_state_del_1, pc_state_del_2;
            
    always @(*) begin
        case (refill_state)
            IDLE        :   critical_ready = !CACHE_HIT & STREAM_HIT;
            TRANSITION  :   critical_ready = (cur_src != 0) | (DATA_FROM_L2_BUFFER_VALID & DATA_FROM_L2_BUFFER_READY & DATA_FROM_L2_SRC == 0);
            WRITING_SB  :   critical_ready = 0;
            WRITING_L2  :   critical_ready = (no_completed_wire == 1) & DATA_FROM_L2_BUFFER_VALID & DATA_FROM_L2_BUFFER_READY & (DATA_FROM_L2_SRC == 0);
            default     :   critical_ready = 0;
        endcase
    end
            
    // Finding whether critical use
    assign critical_use = equal_n0 & CACHE_HIT & pc_state == PC2;        
            
    always @(posedge CLK) begin
        if (ENB) begin
            case ({critical_ready, critical_use}) 
                2'b00 : critical_used <= critical_used;
                2'b01 : critical_used <= 1'b1;
                2'b10 : critical_used <= 1'b0;
                2'b11 : critical_used <= critical_used;
            endcase
        end
    end 
    
    always @(posedge CLK) begin
        if (ENB) begin
            case (pc_state) 
                HITTING : begin
                    case ({STREAM_HIT, CACHE_HIT})
                        2'b00 : pc_state <= PC0;
                        2'b01 : pc_state <= HITTING;
                        2'b10 : pc_state <= PC0;
                        2'b11 : pc_state <= HITTING;
                    endcase
                end
                
                WAIT : begin
                    if (critical_ready | critical_used == 0)  // | (CACHE_HIT & pc_state_del_2 == WAIT)
                        pc_state <= PC0;
                end
                
                PC0 : pc_state <= PC1;
                PC1 : pc_state <= PC2;
                
                PC2 : begin
                    if (CACHE_HIT)        
                        if (no_of_elements == 1) 
                            pc_state <= HITTING;
                        else 
                            pc_state <= TRANSIT;
                    else
                        pc_state <= PC0; 
                end
                
                TRANSIT : begin
                    if (no_of_elements == 0) begin
                        case ({STREAM_HIT, CACHE_HIT})
                            2'b00 : pc_state <= WAIT;
                            2'b01 : pc_state <= HITTING;
                            2'b10 : pc_state <= PC0;
                            2'b11 : pc_state <= HITTING;
                        endcase
                    end else begin 
                        case ({STREAM_HIT, CACHE_HIT})
                            2'b00 : pc_state <= (critical_used != 0 | critical_ready)? PC0 : WAIT;
                            2'b01 : pc_state <= TRANSIT;
                            2'b10 : pc_state <= (critical_used != 0 | critical_ready)? PC0 : WAIT;
                            2'b11 : pc_state <= TRANSIT;
                        endcase
                    end
                end
            endcase
        end
    end 
    
    always @(posedge CLK) begin
        if (ENB) begin
            pc_state_del_1 <= pc_state;
            pc_state_del_2 <= pc_state_del_1;
        end
    end
        
    // Enabling the PC pipeline 
    assign PC_PIPE_ENB = (pc_state != WAIT);
    assign PC_SEL = {(   pc_state == PC0
                      |  pc_state == PC1
                      | (pc_state == PC2     & !CACHE_HIT)
                      | (pc_state == HITTING & !CACHE_HIT)
                      |  pc_state == WAIT
                      | (pc_state == TRANSIT & !CACHE_HIT)), 
                                                             BRANCH};
    
    assign CACHE_READY = (pc_state == HITTING | 
                          pc_state == TRANSIT | 
                          pc_state == PC2)       & CACHE_HIT;
    
    //////////////////////////////////////////////////////////////////////////////////////////////////
    // Initial conditions - for simulation                                                          //
    //////////////////////////////////////////////////////////////////////////////////////////////////
        
    initial begin
        no_of_elements = 0;
        refill_state = 1;   
        
        pc_state = HITTING; 
        pc_state_del_1 = HITTING; 
        pc_state_del_2 = HITTING; 
        
        pc_pipe_enb_del_1 = 1;
        pc_admissible     = 1;
        pc_sel_del_1      = 0;
        pc_sel_del_2      = 0;
        
        critical_used = 1; 
//        clash_n0 = 0;
//        clash_n1 = 0;
//        clash_n2 = 0;
//        equal_n0 = 0;
//        equal_n1 = 0;
//        equal_n2 = 0;        
    end
    
    
    
   // Log value calculation
   function integer logb2;
       input integer depth;
       for (logb2 = 0; depth > 1; logb2 = logb2 + 1)
           depth = depth >> 1;
   endfunction
  
endmodule